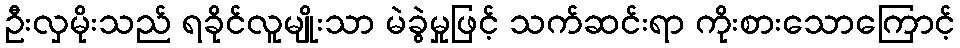
ဦးလှမိုးသည် ရခိုင်လူမျိုးသာ မဲခွဲမှုဖြင့် သက်ဆင်းရာ ကိုးစားသောကြောင့်